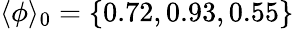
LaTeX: \langle\phi\rangle_{0}=\{ 0.72,0.93,0.55\}